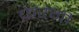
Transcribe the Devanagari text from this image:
फ़ेरंगी